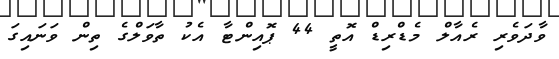
ވާދަވެރި ރެއާލް މެޑްރިޑް އޮތީ 44 ޕޮއިންޓާ އެކު ތާވަލްގެ ތިން ވަނައިގަ